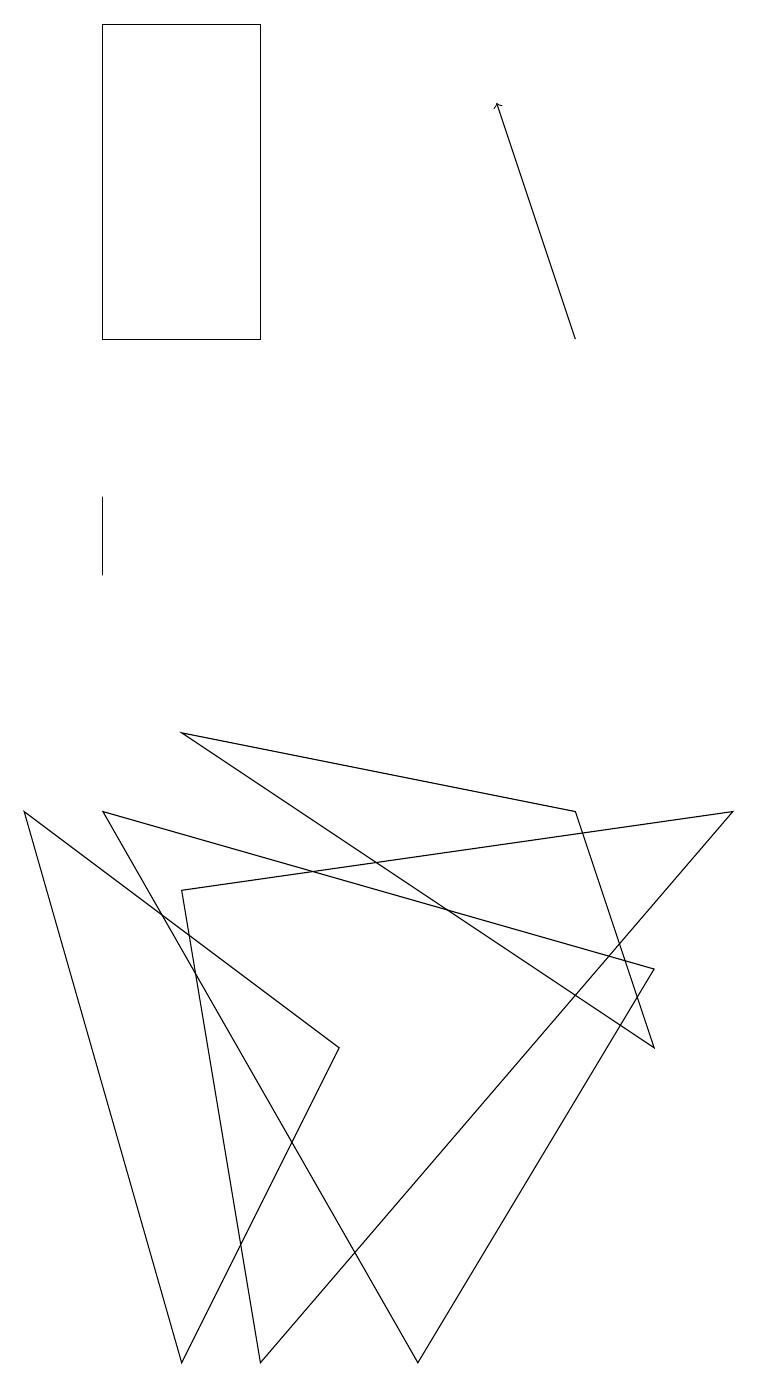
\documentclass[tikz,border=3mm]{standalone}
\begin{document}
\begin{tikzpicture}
\draw (3,16) rectangle (3,18);
\draw (1,18) rectangle (3,14);
\draw (9,8) -- (2,7) -- (3,1) -- cycle;
\draw (1,11) rectangle (1,12);
\draw (7,8) -- (2,9) -- (8,5) -- cycle;
\draw (4,5) -- (2,1) -- (0,8) -- cycle;
\draw (8,6) -- (5,1) -- (1,8) -- cycle;
\draw[->] (7,14) -- (6,17);
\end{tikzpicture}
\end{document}